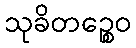
သုခိတဉ္စေဝ